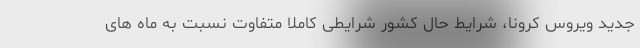
جدید ویروس کرونا، شرایط حال کشور شرایطی کاملا متفاوت نسبت به ماه های